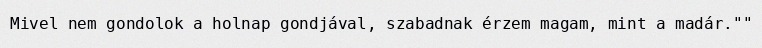
Mivel nem gondolok a holnap gondjával, szabadnak érzem magam, mint a madár.""